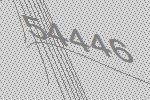
54446